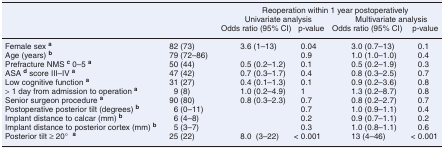
| <COLSPAN=2>  | <COLSPAN=4> Reoperation within 1 year postoperatively |
 | <COLSPAN=2>  | <COLSPAN=2> Univariate analysis | <COLSPAN=2> Multivariate analysis |
 | <COLSPAN=2>  | Odds ratio (95% CI) | p-value | Odds ratio (95% CI) | p-value |
 | --- | --- | --- | --- | --- | --- |
 | Female sex a | 82 (73) | 3.6 (1–13) | 0.04 | 3.0 (0.7–13) | 0.1 |
 | Age (years) b | 79 (72–86) |  | 0.9 | 1.0 (1.0–1.0) | 0.4 |
 | Prefracture NMS c 0–5 a | 50 (44) | 0.5 (0.2–1.2) | 0.1 | 0.5 (0.2–1.9) | 0.3 |
 | ASA d score III–IV a | 47 (42) | 0.7 (0.3–1.7) | 0.4 | 0.8 (0.3–2.5) | 0.7 |
 | Low cognitive function a | 31 (27) | 0.4 (0.1–1.3) | 0.1 | 0.9 (0.2–3.6) | 0.8 |
 | > 1 day from admission to operation a | 9 (8) | 1.0 (0.2–4.9) | 1 | 1.3 (0.2–8.7) | 0.8 |
 | Senior surgeon procedure a | 90 (80) | 0.8 (0.3–2.3) | 0.7 | 0.8 (0.2–2.7) | 0.7 |
 | Postoperative posterior tilt (degrees) b | 6 (0–11) |  | 0.7 | 1.0 (0.9–1.1) | 0.4 |
 | Implant distance to calcar (mm) b | 6 (4–8) |  | 0.2 | 0.9 (0.7–1.1) | 0.2 |
 | Implant distance to posterior cortex (mm) b | 5 (3–7) |  | 0.3 | 1.0 (0.8–1.1) | 0.6 |
 | Posterior tilt ≥ 20° a | 25 (22) | 8.0 (3–22) | < 0.001 | 13 (4–46) | < 0.001 |